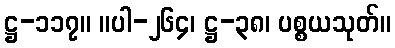
ဋ္ဌ-၁၁၇။ ။ပါ-၂၆၄၊ ဋ္ဌ-၃၈၊ ပစ္စယသုတ်။